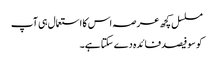
مسلسل کچھ عرصہ اس کا استعمال ہی آپ
کو سو فیصد فائدہ دے سکتا ہے۔